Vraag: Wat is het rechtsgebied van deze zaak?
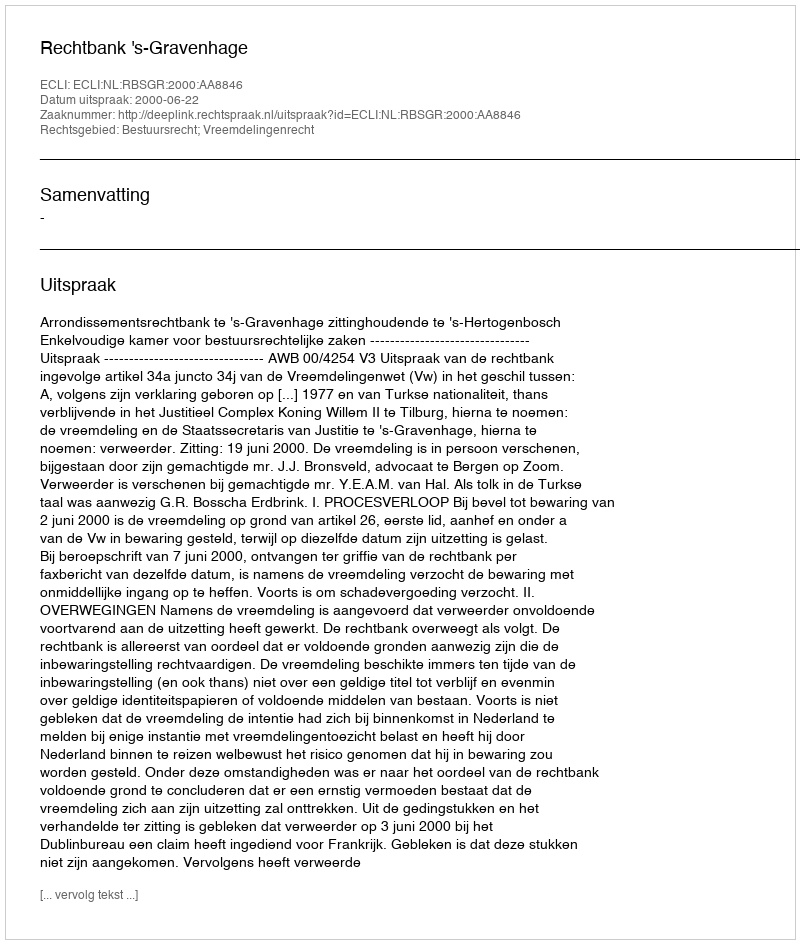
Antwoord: Bestuursrecht; Vreemdelingenrecht